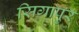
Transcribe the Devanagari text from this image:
सिगापुर